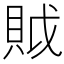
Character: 𧵝